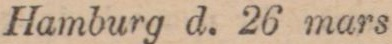
Hamburg d. 26 mars